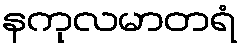
နကုလမာတရံ